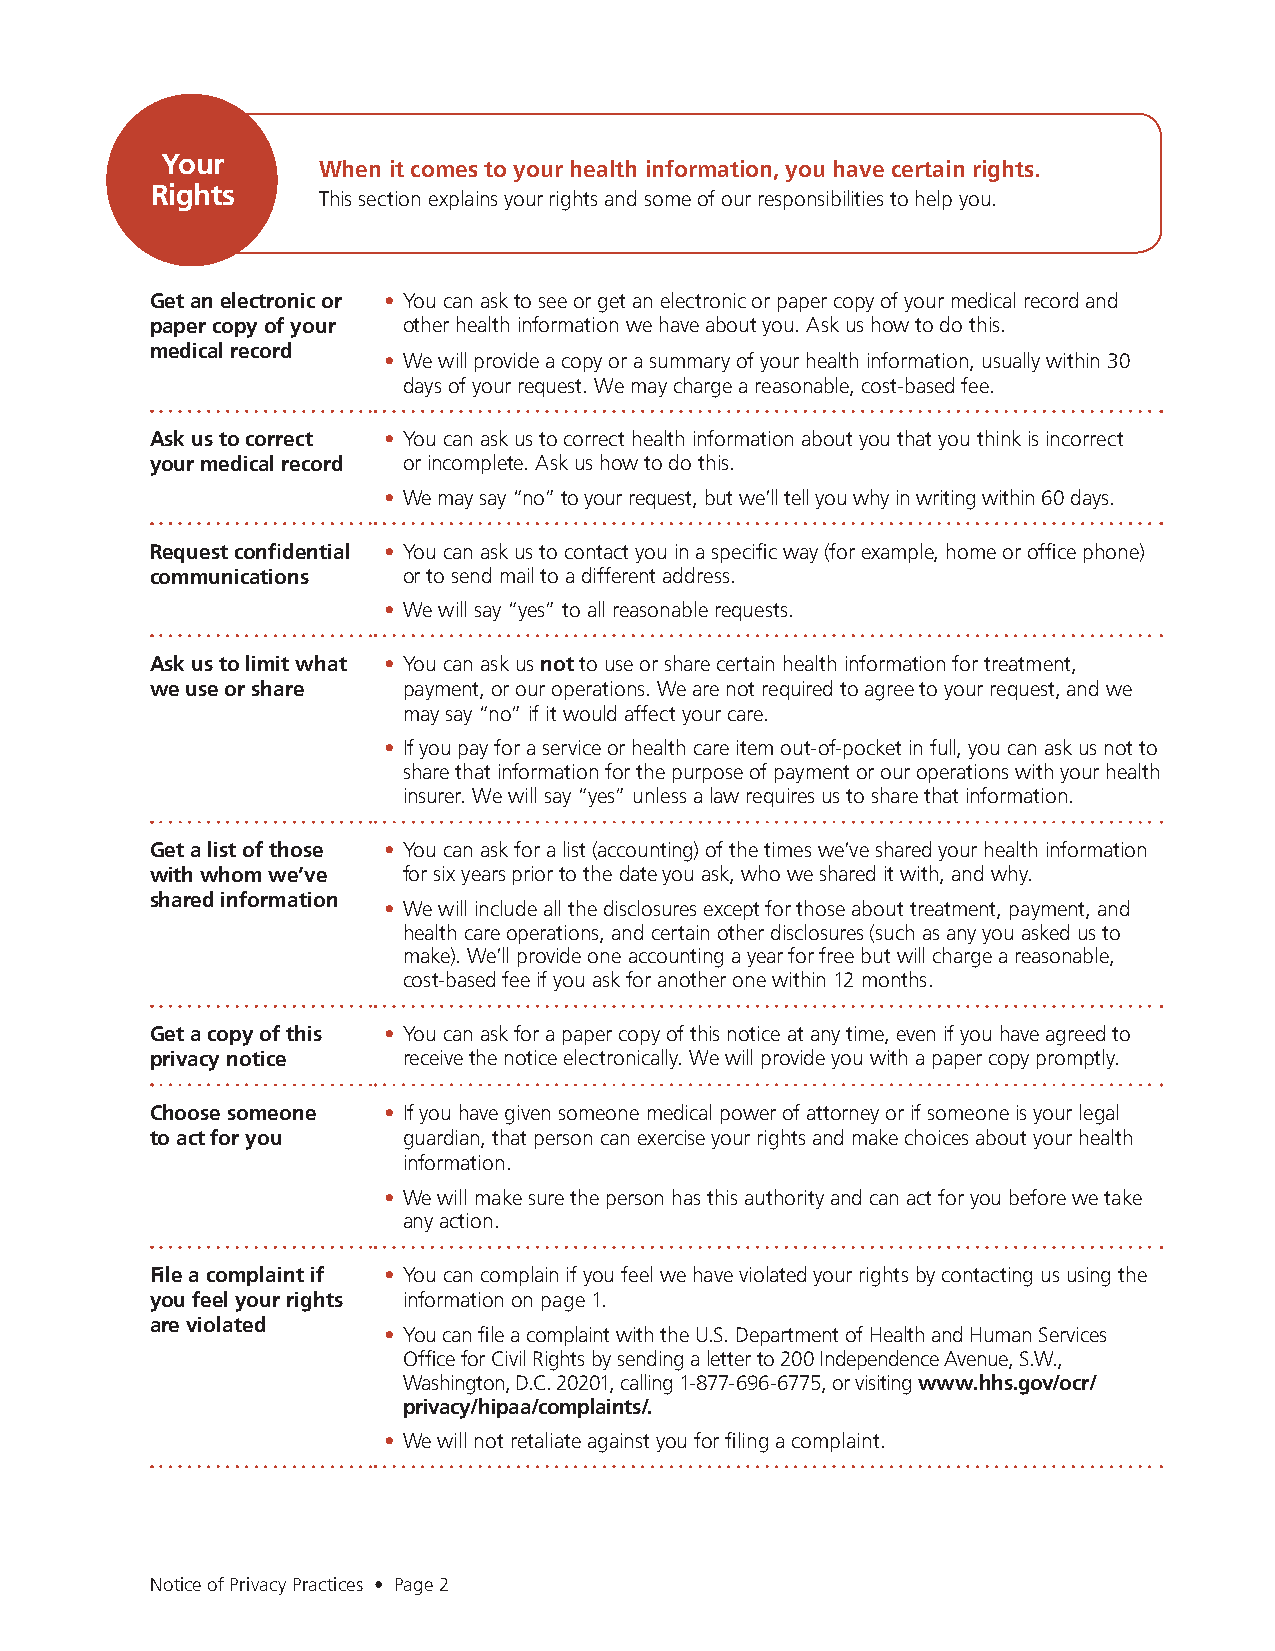
Your
 When it comes to your health information, you have certain rights.
 Rights
 This section explains your rights and some of our responsibilities to help you.
 Get an electronic or • You can ask to see or get an electronic or paper copy of your medical record and
 paper copy of your other health information we have about you. Ask us how to do this.
 medical record
 • We will provide a copy or a summary of your health information, usually within 30
 days of your request. We may charge a reasonable, cost-based fee.
 Ask us to correct • You can ask us to correct health information about you that you think is incorrect
 your medical record or incomplete. Ask us how to do this.
 • We may say “no” to your request, but we’ll tell you why in writing within 60 days.
 Request confidential • You can ask us to contact you in a specific way (for example, home or office phone)
 communications   or to send mail to a different address.
 • We will say “yes” to all reasonable requests.
 Ask us to limit what • You can ask us not to use or share certain health information for treatment,
 we use or share  payment, or our operations. We are not required to agree to your request, and we
 may say “no” if it would affect your care.
 • If you pay for a service or health care item out-of-pocket in full, you can ask us not to
 share that information for the purpose of payment or our operations with your health
 insurer. We will say “yes” unless a law requires us to share that information.
 Get a list of those • You can ask for a list (accounting) of the times we’ve shared your health information
 with whom we’ve  for six years prior to the date you ask, who we shared it with, and why.
 shared information
 • We will include all the disclosures except for those about treatment, payment, and
 health care operations, and certain other disclosures (such as any you asked us to
 make). We’ll provide one accounting a year for free but will charge a reasonable,
 cost-based fee if you ask for another one within 12 months.
 Get a copy of this • You can ask for a paper copy of this notice at any time, even if you have agreed to
 privacy notice   receive the notice electronically. We will provide you with a paper copy promptly.
 Choose someone • If you have given someone medical power of attorney or if someone is your legal
 to act for you   guardian, that person can exercise your rights and make choices about your health
 information.
 • We will make sure the person has this authority and can act for you before we take
 any action.
 File a complaint if • You can complain if you feel we have violated your rights by contacting us using the
 you feel your rights information on page 1.
 are violated
 • You can file a complaint with the U.S. Department of Health and Human Services
 Office for Civil Rights by sending a letter to 200 Independence Avenue, S.W.,
 Washington, D.C. 20201, calling 1-877-696-6775, or visiting www.hhs.gov/ocr/
 privacy/hipaa/complaints/.
 • We will not retaliate against you for filing a complaint.
 Notice of Privacy Practices • Page 2